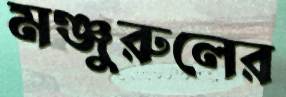
মঞ্জুরুলের